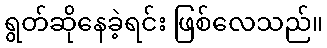
ရွတ်ဆိုနေခဲ့ရင်း ဖြစ်လေသည်။